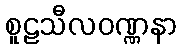
စူဠသီလဝဏ္ဏနာ